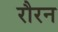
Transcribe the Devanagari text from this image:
रौरन